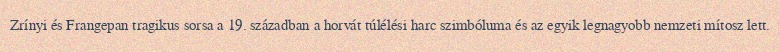
Zrínyi és Frangepan tragikus sorsa a 19. században a horvát túlélési harc szimbóluma és az egyik legnagyobb nemzeti mítosz lett.